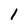
Character: 1